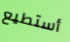
أستطيع